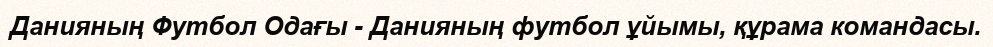
Данияның Футбол Одағы - Данияның футбол ұйымы, құрама командасы.